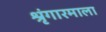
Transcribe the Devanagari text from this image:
श्रृंगारमाला